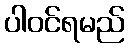
ပါဝင်ရမည်